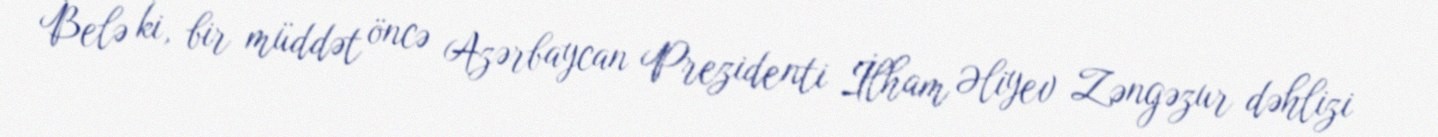
Belə ki, bir müddət öncə Azərbaycan Prezidenti İlham Əliyev Zəngəzur dəhlizi